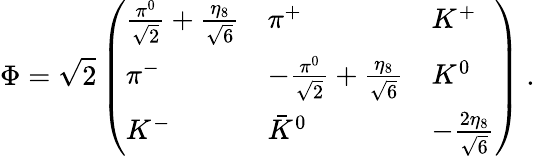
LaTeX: \Phi=\sqrt{2}\left(\begin{array}{lll}{{\frac{\pi^{0}}{\sqrt{2}}+\frac{\eta_{8}}{\sqrt{6}}}}&{{\pi^{+}}}&{{K^{+}}}\\ {{\pi^{-}}}&{{-\frac{\pi^{0}}{\sqrt{2}}+\frac{\eta_{8}}{\sqrt{6}}}}&{{K^{0}}}\\ {{K^{-}}}&{{{\bar{K}}^{0}}}&{{-\frac{2\eta_{8}}{\sqrt{6}}}}\end{array}\right)\ .